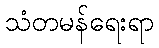
သံတမန်ရေးရာ